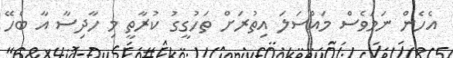
އެހެން ނަމަވެސް މައްސަލަ އިތުރަށް ތަހުގީގު ކުރާތީ މި ހާދިސާ އާ ބެހޭ